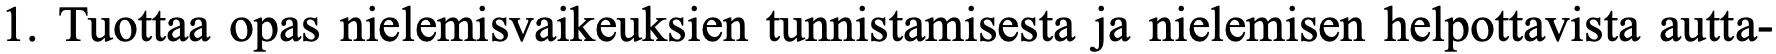
1. Tuottaa opas nielemisvaikeuksien tunnistamisesta ja nielemisen helpottavista autta-